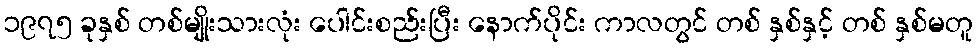
၁၉၇၅ ခုနှစ် တစ်မျိုးသားလုံး ပေါင်းစည်းပြီး နောက်ပိုင်း ကာလတွင် တစ် နှစ်နှင့် တစ် နှစ်မတူ